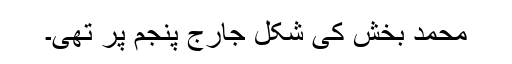
محمد بخش کی شکل جارج پنجم پر تھی۔